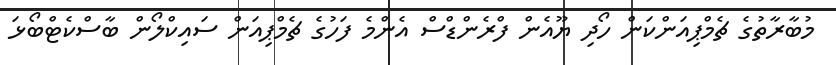
މުބާރާތުގެ ޗެމްޕިއަންކަން ހޯދި ޔޫއެން ފްރެންޑްސް އެންމެ ފަހުގެ ޗެމްޕިއަން ސައިކްލޯން ބާސްކެޓްބޯޅަ